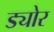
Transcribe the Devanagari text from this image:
ड्योर